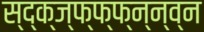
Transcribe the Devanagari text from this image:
स्द्क्ज्फ्फ्फ्न्न्व्न